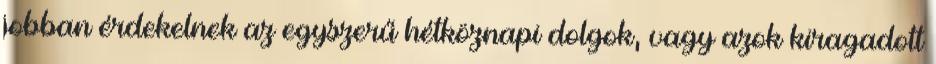
jobban érdekelnek az egyszerű hétköznapi dolgok, vagy azok kiragadott